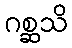
ဂစ္ဆသိ